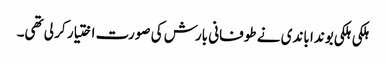
ہلکی ہلکی بوندا باندی نے طوفانی بارش کی صورت اختیار کر لی تھی۔